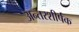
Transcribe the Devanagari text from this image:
अन्तरशीर्षक